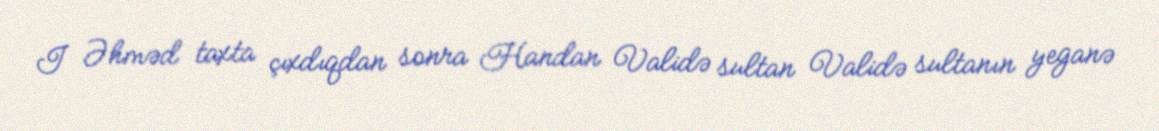
I Əhməd taxta çıxdıqdan sonra Handan Validə sultan Validə sultanın yeganə